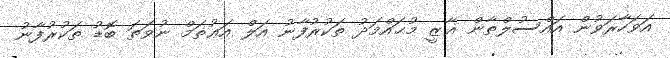
އަވަހާރަވުން އައްސުލްޠާން ޣާޒީ މުޙައްމަދު ތަކުރުފާނު އަލް އަޢުޡަމް ނުވަތަ ބޮޑު ތަކުރުފާނު